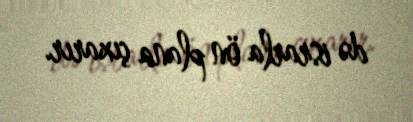
də israrla ön plana çıxarır.